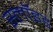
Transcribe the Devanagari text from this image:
स्लॉइड